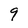
Character: 9